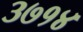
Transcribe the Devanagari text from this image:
३७१४